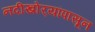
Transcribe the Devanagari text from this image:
नदीखोर्‍यांपासून